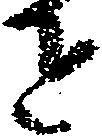
を